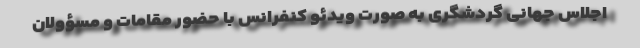
اجلاس جهانی گردشگری به صورت ویدئو کنفرانس با حضور مقامات و مسؤولان